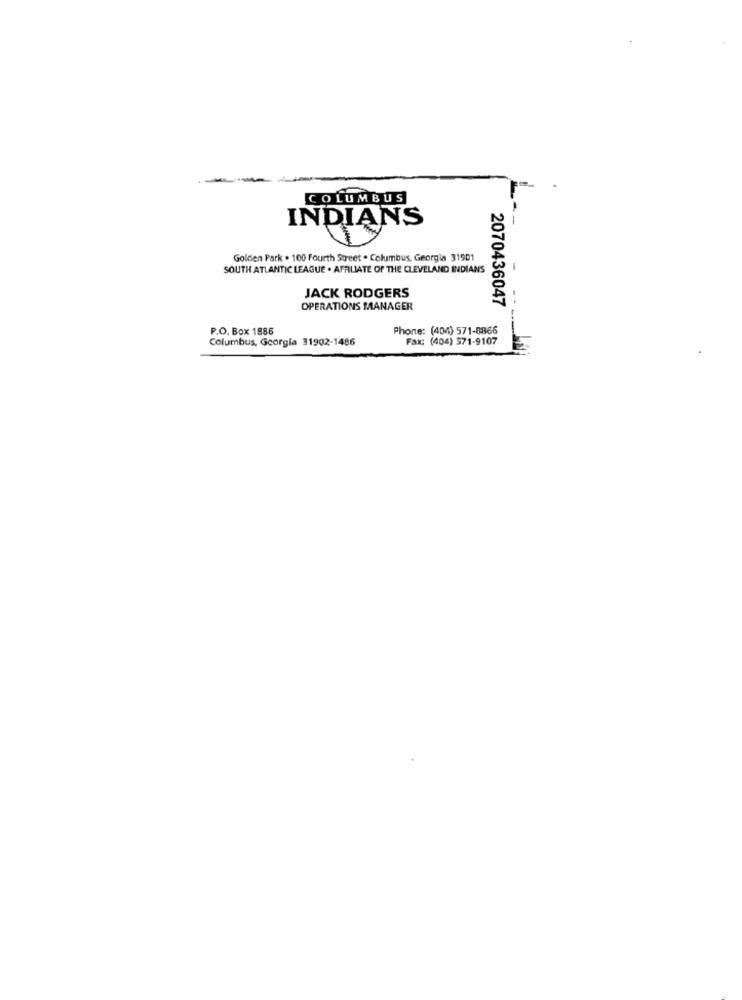
COLUMBUS
INDIANS
Golden Park . 100 Fourth Street . Columbus, Georgia 31901
SOUTH ATLANTIC LEAGUE . AFFILIATE OF THE CLEVELAND INDIANS
-
JACK RODGERS
2070436047
OPERATIONS MANAGER
---
P.O. Box 1886
Phone: (404) 571-8866
Columbus, Georgia 31902-1486
Fax: (404) 571-9107